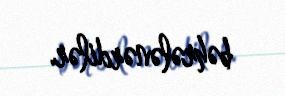
bəhrələnərdilər.